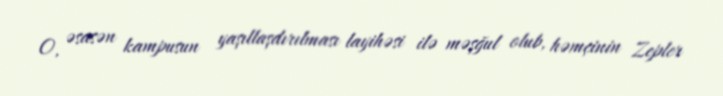
O, əsasən kampusun yaşıllaşdırılması layihəsi ilə məşğul olub, həmçinin Zepler